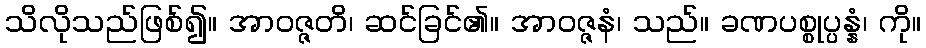
သိလိုသည်ဖြစ်၍။ အာဝဇ္ဇတိ၊ ဆင်ခြင်၏။ အာဝဇ္ဇနံ၊ သည်။ ခဏပစ္စုပ္ပန္နံ၊ ကို။